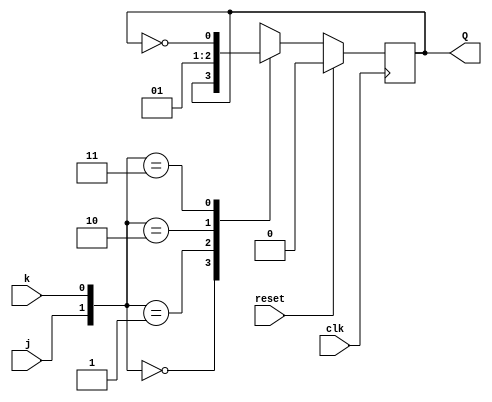
// This program was cloned from: https://github.com/ekb0412/100DaysofRTL
// License: Apache License 2.0

`timescale 1ns / 1ps

module JK_flipflop(
    input j,k,clk,reset,
    output reg Q
    );
    always@(posedge clk)
          begin
            if({reset})
            Q <= 1'b0;
            else
                begin
                case({j,k})
                2'b00:Q<=Q;
                2'b01:Q<=1'b0;
                2'b10:Q<=1'b1;
                2'b11:Q<=~Q;
                endcase
                end          
         end
endmodule